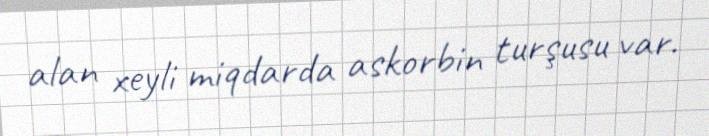
alan xeyli miqdarda askorbin turşusu var.